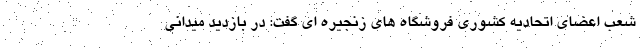
شعب اعضای اتحادیه کشوری فروشگاه های زنجیره ای گفت: در بازدید میدانی